Vaccination in the Punjab 1905-1918 - 1905-1918
Year: 1905
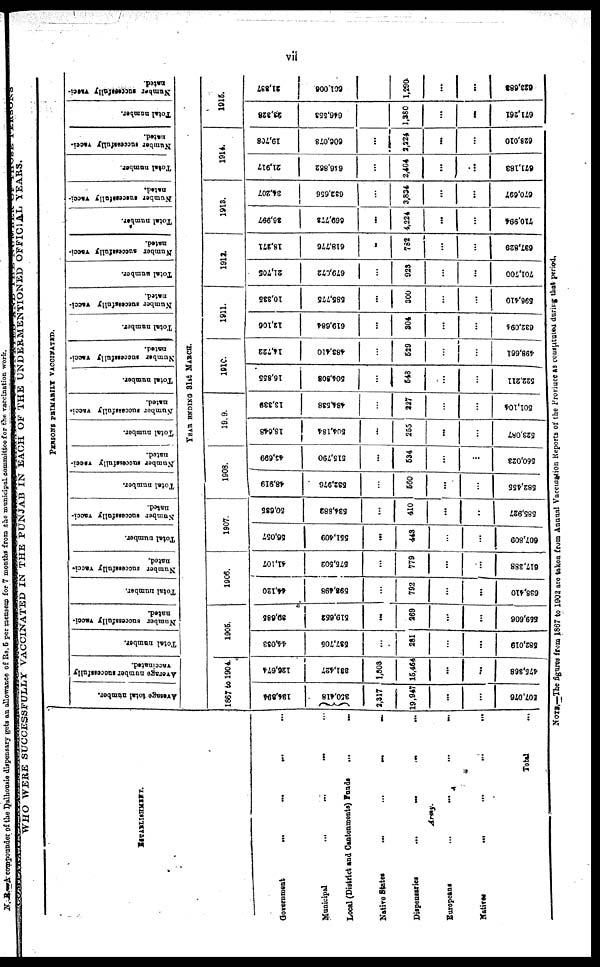
vii
WHO WERE SUCCESSFULLY VACCINATED IN THE PUNJAB IN EACH OF THE UNDERMENTIONED OFFICIAL YEARS.
ESTABLISHMENT.
Government
...
...
...
...
Municipal
...
...
...
...
Local (District and Cantonments) Funds ... ...
Native States
...
...
...
...
Dispensaries
...
...
...
...
Army.
European
...
...
...
...
Natives
...
...
...
...
Total ...
PERSONS PRIMARILY VACCINATED.
Average total number.
Average number successfully
vaccinated.
Total number.
Number successfully vacci-
nated.
Total number.
Number successfully vacci-
nated.
Total number.
Number successfully vacci-
nated.
Total number.
Number successfully vacci-
nated.
Total number.
Number successfully vacci¬
nated.
Total number.
Number successfully vacci-
nated.
Total number.
Number successfully vacci-
nated.
Total number.
Number successfully vacci-
nated.
Total number.
Number successfully vacci-
nated.
Total number.
Number successfully vacci-
nated.
Total number.
Number successfully vacci-
nated.
YEAR ENDING 31st MARCH.
1867 to 1904
134,394
350,418
2,317
19,947
...
...
507,076
126,674
331,427
1,803
15,464
...
...
475,368
1905.
44,033
537,705
...
281
...
...
582,019
39,685
519,652
...
269
...
...
559,606
1906.
44,120
598,498
...
792
...
...
638,410
41,107
575,502
...
779
...
...
617,388
1907.
56,057
551,409
...
443
...
...
607,809
50,635
534,882
...
410
...
...
585,927
1908.
48,919
532,976
...
560
...
...
582,455
43,699
515,790
...
534
...
...
560,023
1909
18,648
504,184
...
255
...
...
523,087
13,339
484,538
...
227
...
...
501,104
1910.
16,855
504,808
...
548
...
...
522,211
14,722
483,410
...
529
...
...
498,661
1911.
12,106
619,684
...
304
...
...
632,094
10,335
585,775
...
300
...
...
596,410
1912.
21,705
679,072
...
923
...
...
701,700
18,271
618,776
...
782
...
...
637,829
1913.
36,997
669,773
...
4,224
...
...
710,994
34,207
632,656
...
3,834
...
...
670,697
1914.
21,917
616,862
...
2,404
...
...
671,183
19,708
606,078
...
2,224
...
...
628,010
1915.
23,328
646,553
...
1,380
...
...
671,261
21,887
601,006
...
1,290
...
...
623,681
NOTE.—The figures from 1867 to 1902 are taken from Annual Vaccination Reports of the Province as constituted during that period.